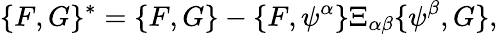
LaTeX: \{ F,G\} ^{*}=\{ F,G\} -\{ F,\psi^{\alpha}\} \Xi_{\alpha\beta}\{ \psi^{\beta},G\} ,